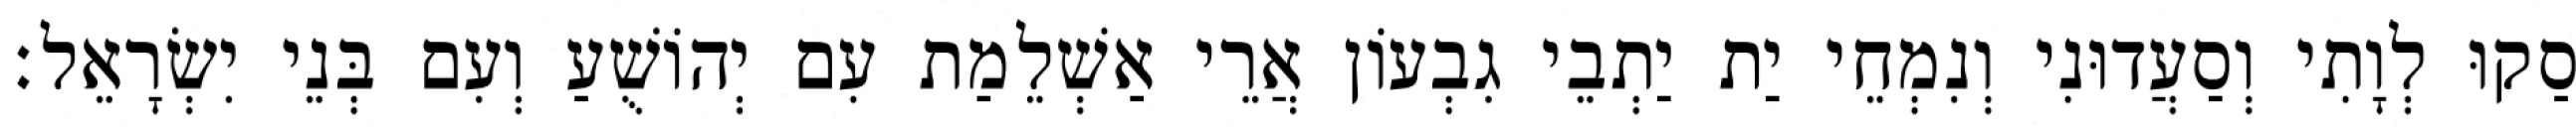
סַקוּ לְוָתִי וְסַעֲדוּנִי וְנִמְחֵי יַת יַתְבֵי גִבְעוֹן אֲרֵי אַשְׁלֵמַת עִם יְהוֹשֻׁעַ וְעִם בְּנֵי יִשְׂרָאֵל׃